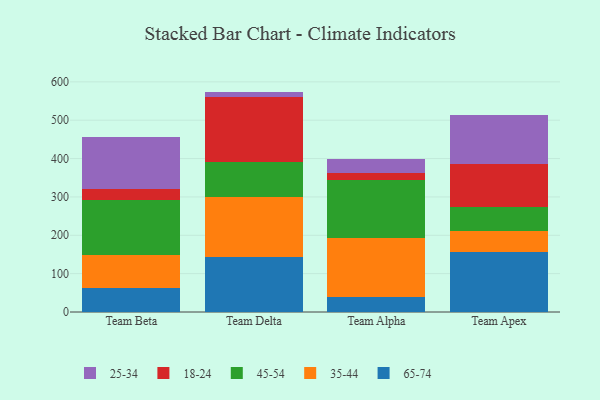
{"axis": {"x": "Team", "y": "Net Income (USD K)"}, "legend": ["18-24", "25-34", "35-44", "45-54", "65-74"], "data": [{"x": "Team Beta", "y": 61.7, "type": "65-74"}, {"x": "Team Beta", "y": 87.1, "type": "35-44"}, {"x": "Team Beta", "y": 143.0, "type": "45-54"}, {"x": "Team Beta", "y": 28.8, "type": "18-24"}, {"x": "Team Beta", "y": 135.4, "type": "25-34"}, {"x": "Team Delta", "y": 142.8, "type": "65-74"}, {"x": "Team Delta", "y": 157.4, "type": "35-44"}, {"x": "Team Delta", "y": 90.4, "type": "45-54"}, {"x": "Team Delta", "y": 169.1, "type": "18-24"}, {"x": "Team Delta", "y": 14.9, "type": "25-34"}, {"x": "Team Alpha", "y": 40.1, "type": "65-74"}, {"x": "Team Alpha", "y": 152.6, "type": "35-44"}, {"x": "Team Alpha", "y": 151.7, "type": "45-54"}, {"x": "Team Alpha", "y": 17.5, "type": "18-24"}, {"x": "Team Alpha", "y": 36.9, "type": "25-34"}, {"x": "Team Apex", "y": 157.5, "type": "65-74"}, {"x": "Team Apex", "y": 54.6, "type": "35-44"}, {"x": "Team Apex", "y": 61.6, "type": "45-54"}, {"x": "Team Apex", "y": 111.6, "type": "18-24"}, {"x": "Team Apex", "y": 129.5, "type": "25-34"}]}